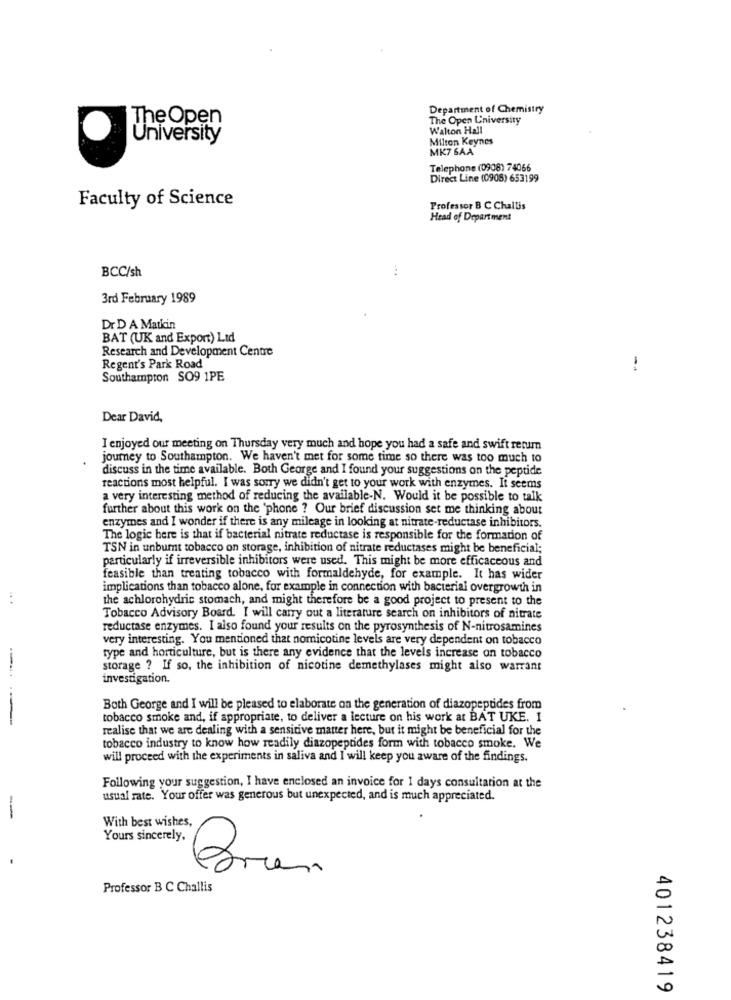
Department of Chemistry
The Open
The Open University
Walton Hall
University
Milton Keynes
MK7 SAA
Telephone (0908) 74066
Direct Line (0908) 653199
Faculty of Science
Professor B C Challis
Head of Department
BCC/sh
3rd February 1989
Dr D A Matkin
BAT (UK and Export) Lid
Research and Development Centre
Regent's Park Road
-
Southampton SO9 1PE
Dear David,
I enjoyed our meeting on Thursday very much and hope you had a safe and swift retum
journey to Southampton. We haven't met for some time so there was too much to
discuss in the time available. Both George and I found your suggestions on the peptide
reactions most helpful. I was sorry we didn't get to your work with enzymes. It seems
a very interesting method of reducing the available-N. Would it be possible to talk
further about this work on the 'phone ? Our brief discussion set me thinking about
enzymes and I wonder if there is any mileage in looking at nitrate-reductase inhibitors.
The logic here is that if bacterial nitrate reductase is responsible for the formation of
TSN in unbumt tobacco on storage, inhibition of nitrate reductases might be beneficial;
particularly if irreversible inhibitors were used. This might be more efficaceous and
feasible than treating tobacco with formaldehyde, for example. It has wider
implications than tobacco alone, for example in connection with bacterial overgrowth in
the achlorohydric stomach, and might therefore be a good project to present to the
Tobacco Advisory Board. I will carry out a literature search on inhibitors of nitrate
reductase enzymes. I also found your results on the pyrosynthesis of N-nitrosamines
very interesting. You mentioned that nomicotine levels are very dependent on tobacco
type and horticulture, but is there any evidence that the levels increase on tobacco
storage ? If so, the inhibition of nicotine demethylases might also warrant
investigation.
Both George and I will be pleased to elaborate on the generation of diazopeptides from
tobacco smoke and, if appropriate, to deliver a lecture on his work at BAT UKE. I
realise that we are dealing with a sensitive matter here, but it might be beneficial for the
tobacco industry to know how readily diazopeptides form with tobacco smoke. We
will proceed with the experiments in saliva and I will keep you aware of the findings.
Following your suggestion, I have enclosed an invoice for I days consultation at the
usual rate. Your offer was generous but unexpected, and is much appreciated.
-
With best wishes,
Yours sincerely,
Professor B C Challis
401238419